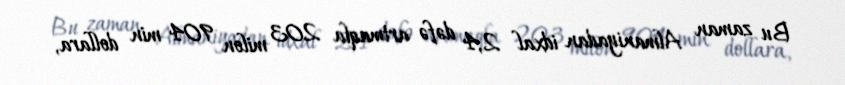
Bu zaman Almaniyadan idxal 2,4 dəfə artmaqla 203 milon 904 min dollara,